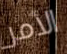
الأمر